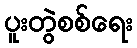
ပူးတွဲစစ်ရေး